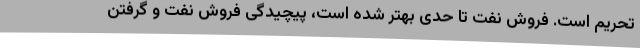
تحریم است. فروش نفت تا حدی بهتر شده است، پیچیدگی فروش نفت و گرفتن